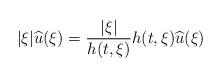
LaTeX: \begin{align*} |\xi|\widehat u(\xi) = \frac{|\xi|}{h(t,\xi)} h(t,\xi) \widehat u(\xi) \end{align*}